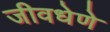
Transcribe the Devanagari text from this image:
जीवधेणे